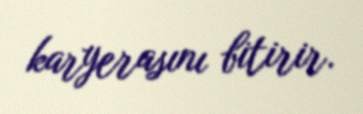
karyerasını bitirir.